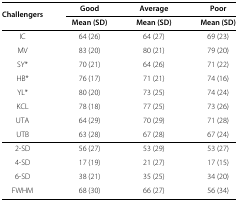
<table><thead><tr><td rowspan="2"><b>Challengers</b></td><td><b>Good</b></td><td><b>Average</b></td><td><b>Poor</b></td></tr><tr><td><b>Mean (SD)</b></td><td><b>Mean (SD)</b></td><td><b>Mean (SD)</b></td></tr></thead><tbody><tr><td>IC</td><td>64 (26)</td><td>64 (27)</td><td>69 (23)</td></tr><tr><td>MV</td><td>83 (20)</td><td>80 (21)</td><td>79 (20)</td></tr><tr><td>SY*</td><td>70 (21)</td><td>64 (26)</td><td>71 (22)</td></tr><tr><td>HB*</td><td>76 (17)</td><td>71 (21)</td><td>74 (16)</td></tr><tr><td>YL*</td><td>80 (20)</td><td>73 (25)</td><td>74 (24)</td></tr><tr><td>KCL</td><td>78 (18)</td><td>77 (25)</td><td>73 (26)</td></tr><tr><td>UTA</td><td>64 (29)</td><td>70 (29)</td><td>71 (28)</td></tr><tr><td>UTB</td><td>63 (28)</td><td>67 (28)</td><td>67 (24)</td></tr><tr><td>2-SD</td><td>56 (27)</td><td>53 (29)</td><td>53 (27)</td></tr><tr><td>4-SD</td><td>17 (19)</td><td>21 (27)</td><td>17 (15)</td></tr><tr><td>6-SD</td><td>38 (21)</td><td>35 (25)</td><td>34 (20)</td></tr><tr><td>FWHM</td><td>68 (30)</td><td>66 (27)</td><td>56 (34)</td></tr></tbody></table>